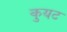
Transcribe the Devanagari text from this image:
कुयट